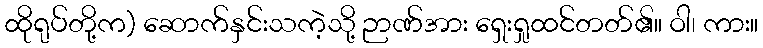
ထိုရုပ်တို့က) ဆောက်နှင်းသကဲ့သို့ ဉာဏ်အား ရှေးရှုထင်တတ်၏။ ဝါ၊ ကား။